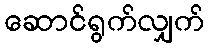
ဆောင်ရွက်လျှက်